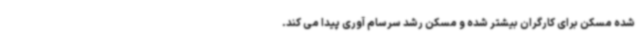
شده مسکن برای کارگران بیشتر شده و مسکن رشد سرسام آوری پیدا می کند.